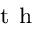
^ { \mathrm { ~ t ~ h ~ } }